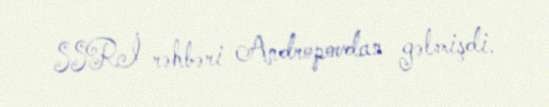
SSRİ rəhbəri Andropovdan gəlmişdi.